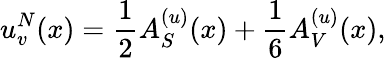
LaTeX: u_{v}^{N}(x)=\frac{1}{2}A_{S}^{(u)}(x)+\frac{1}{6}A_{V}^{(u)}(x),